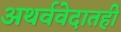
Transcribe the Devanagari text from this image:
अथर्ववेदातही